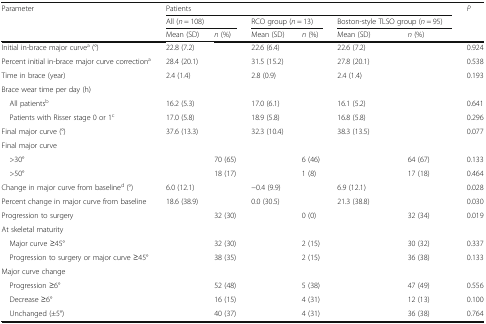
<table><thead><tr><td rowspan="3"><b>Parameter</b></td><td colspan="6"><b>Patients</b></td><td rowspan="3"><b><i>P</i></b></td></tr><tr><td colspan="2"><b>All (<i>n</i> = 108)</b></td><td colspan="2"><b>RCO group (<i>n</i> = 13)</b></td><td colspan="2"><b>Boston-style TLSO group (<i>n</i> = 95)</b></td></tr><tr><td><b>Mean (SD)</b></td><td><b><i>n</i> (%)</b></td><td><b>Mean (SD)</b></td><td><b><i>n</i> (%)</b></td><td><b>Mean (SD)</b></td><td><b><i>n</i> (%)</b></td></tr></thead><tbody><tr><td>Initial in-brace major curve<sup>a</sup> (°)</td><td>22.8 (7.2)</td><td></td><td>22.6 (6.4)</td><td></td><td>22.6 (7.2)</td><td></td><td>0.924</td></tr><tr><td>Percent initial in-brace major curve correction<sup>a</sup></td><td>28.4 (20.1)</td><td></td><td>31.5 (15.2)</td><td></td><td>27.8 (20.1)</td><td></td><td>0.538</td></tr><tr><td>Time in brace (year)</td><td>2.4 (1.4)</td><td></td><td>2.8 (0.9)</td><td></td><td>2.4 (1.4)</td><td></td><td>0.193</td></tr><tr><td colspan="8">Brace wear time per day (h)</td></tr><tr><td> All patients<sup>b</sup></td><td>16.2 (5.3)</td><td></td><td>17.0 (6.1)</td><td></td><td>16.1 (5.2)</td><td></td><td>0.641</td></tr><tr><td> Patients with Risser stage 0 or 1<sup>c</sup></td><td>17.0 (5.8)</td><td></td><td>18.9 (5.8)</td><td></td><td>16.8 (5.8)</td><td></td><td>0.296</td></tr><tr><td>Final major curve (°)</td><td>37.6 (13.3)</td><td></td><td>32.3 (10.4)</td><td></td><td>38.3 (13.5)</td><td></td><td>0.077</td></tr><tr><td colspan="8">Final major curve</td></tr><tr><td> &gt;30°</td><td></td><td>70 (65)</td><td></td><td>6 (46)</td><td></td><td>64 (67)</td><td>0.133</td></tr><tr><td> &gt;50°</td><td></td><td>18 (17)</td><td></td><td>1 (8)</td><td></td><td>17 (18)</td><td>0.464</td></tr><tr><td>Change in major curve from baseline<sup>d</sup> (°)</td><td>6.0 (12.1)</td><td></td><td>−0.4 (9.9)</td><td></td><td>6.9 (12.1)</td><td></td><td>0.028</td></tr><tr><td>Percent change in major curve from baseline</td><td>18.6 (38.9)</td><td></td><td>0.0 (30.5)</td><td></td><td>21.3 (38.8)</td><td></td><td>0.030</td></tr><tr><td>Progression to surgery</td><td></td><td>32 (30)</td><td></td><td>0 (0)</td><td></td><td>32 (34)</td><td>0.019</td></tr><tr><td colspan="8">At skeletal maturity</td></tr><tr><td> Major curve ≥45°</td><td></td><td>32 (30)</td><td></td><td>2 (15)</td><td></td><td>30 (32)</td><td>0.337</td></tr><tr><td> Progression to surgery or major curve ≥45°</td><td></td><td>38 (35)</td><td></td><td>2 (15)</td><td></td><td>36 (38)</td><td>0.133</td></tr><tr><td colspan="8">Major curve change</td></tr><tr><td> Progression ≥6°</td><td></td><td>52 (48)</td><td></td><td>5 (38)</td><td></td><td>47 (49)</td><td>0.556</td></tr><tr><td> Decrease ≥6°</td><td></td><td>16 (15)</td><td></td><td>4 (31)</td><td></td><td>12 (13)</td><td>0.100</td></tr><tr><td> Unchanged (±5°)</td><td></td><td>40 (37)</td><td></td><td>4 (31)</td><td></td><td>36 (38)</td><td>0.764</td></tr></tbody></table>